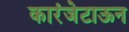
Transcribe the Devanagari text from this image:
कारंजेटाऊन